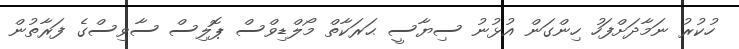
ހުކުރު ނަމާދަށްފަހު ހިންގަން އުޅުނު ސިޔާސީ ޙަރަކާތް މޯލްޑިވްސް ޕޮލިސް ސާވިސްގެ ފަރާތުން